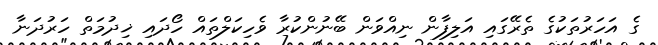
ގެ އަހަރުތަކުގެ ތެރޭގައި އަލިފާން ނިއްވަން ބޭނުންކުރާ ވެހިކަލްތައް ހޯދައި ޚިދުމަތް ހަރުދަނާ